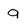
Character: q